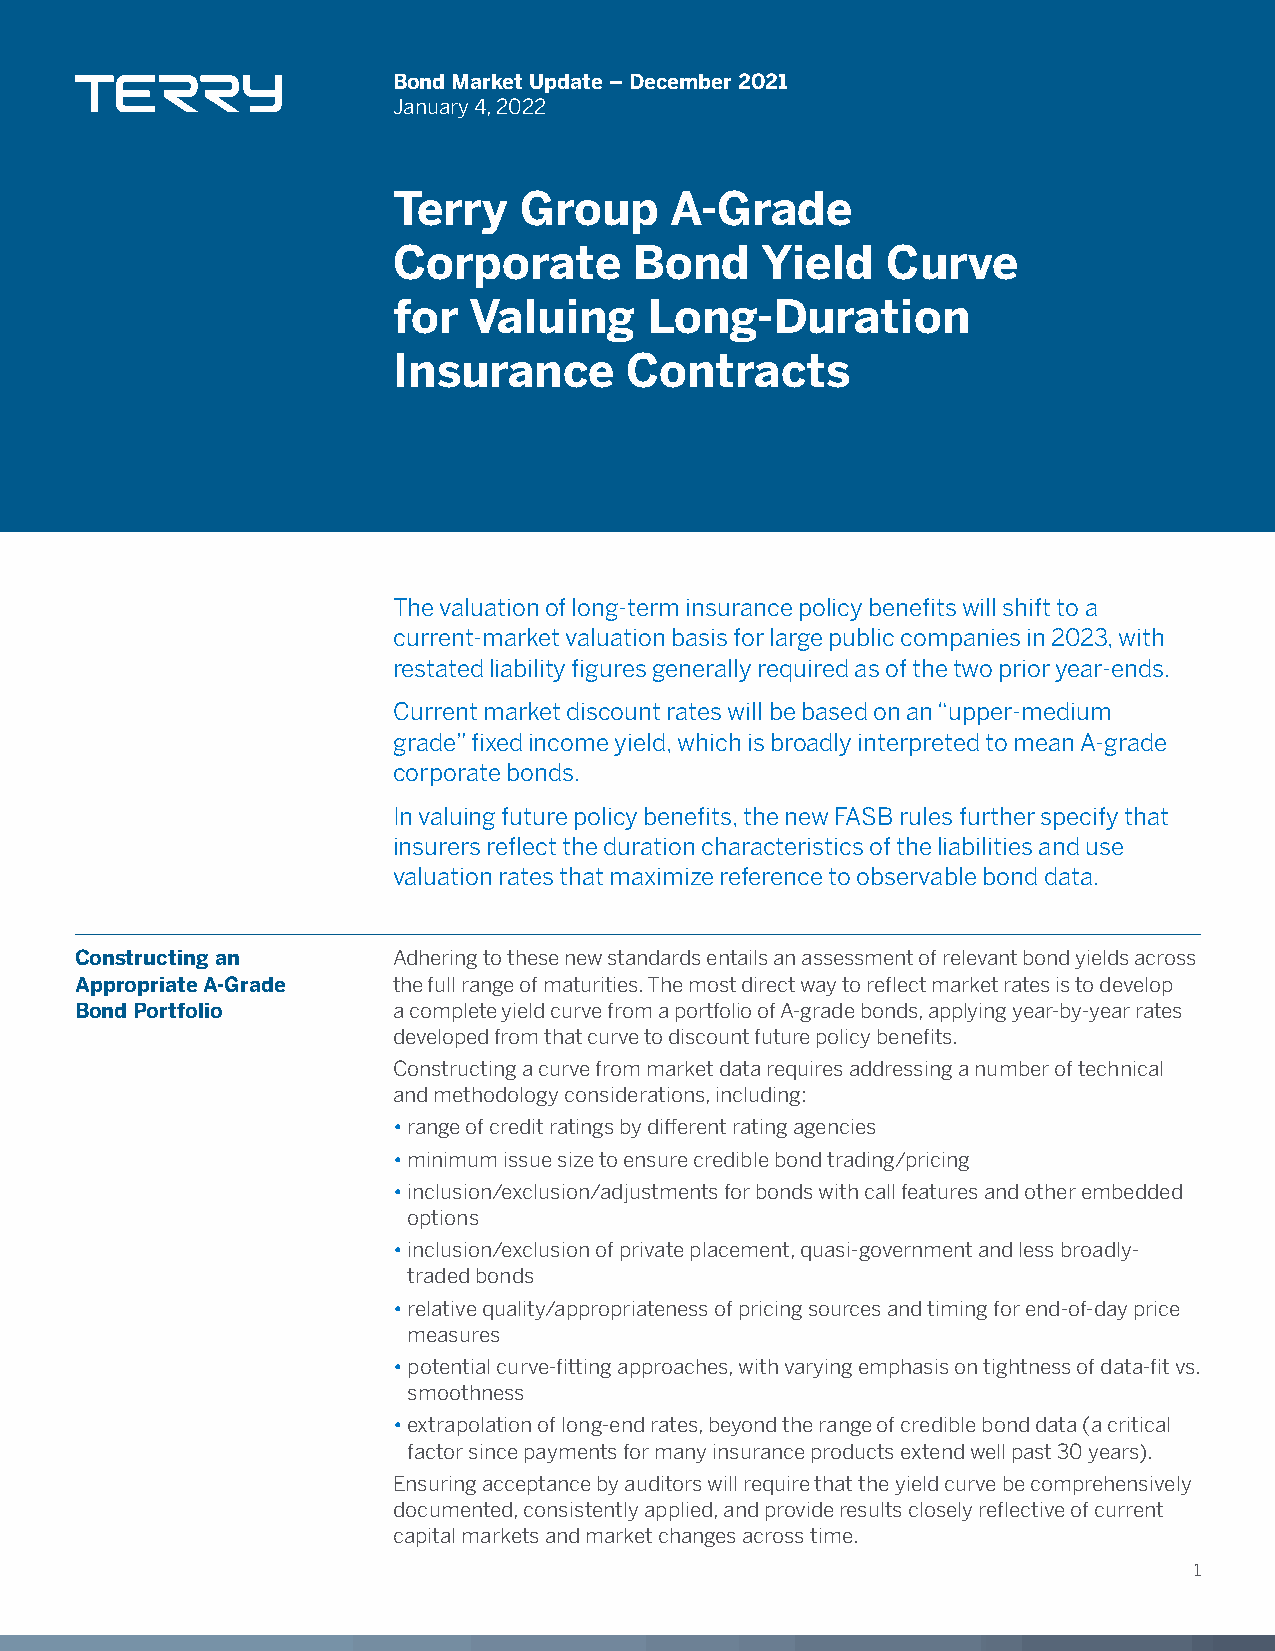
Bond Market Update – December 2021
 January 4, 2022
 Terry   Group     A-Grade
 Corporate       Bond    Yield    Curve
 for  Valuing     Long-Duration
 Insurance      Contracts
 The valuation of long-term insurance policy benefits will shift to a
 current-market valuation basis for large public companies in 2023, with
 restated liability figures generally required as of the two prior year-ends.
 Current market discount rates will be based on an “upper-medium
 grade” fixed income yield, which is broadly interpreted to mean A-grade
 corporate bonds.
 In valuing future policy benefits, the new FASB rules further specify that
 insurers reflect the duration characteristics of the liabilities and use
 valuation rates that maximize reference to observable bond data.
 Constructing an      Adhering to these new standards entails an assessment of relevant bond yields across
 Appropriate A-Grade  the full range of maturities. The most direct way to reflect market rates is to develop
 Bond Portfolio       a complete yield curve from a portfolio of A-grade bonds, applying year-by-year rates
 developed from that curve to discount future policy benefits.
 Constructing a curve from market data requires addressing a number of technical
 and methodology considerations, including:
 • range of credit ratings by different rating agencies
 • minimum issue size to ensure credible bond trading/pricing
 • inclusion/exclusion/adjustments for bonds with call features and other embedded
 options
 • inclusion/exclusion of private placement, quasi-government and less broadly-
 traded bonds
 • relative quality/appropriateness of pricing sources and timing for end-of-day price
 measures
 • potential curve-fitting approaches, with varying emphasis on tightness of data-fit vs.
 smoothness
 • extrapolation of long-end rates, beyond the range of credible bond data (a critical
 factor since payments for many insurance products extend well past 30 years).
 Ensuring acceptance by auditors will require that the yield curve be comprehensively
 documented, consistently applied, and provide results closely reflective of current
 capital markets and market changes across time.
 1